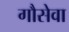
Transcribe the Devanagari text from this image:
गौसेवा